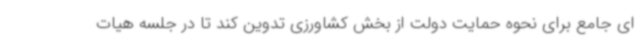
ای جامع برای نحوه حمایت دولت از بخش کشاورزی تدوین کند تا در جلسه هیات